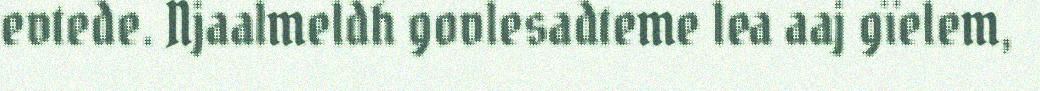
evtede. Njaalmeldh govlesadteme lea aaj gïelem,